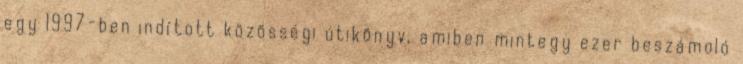
egy 1997-ben indított közösségi útikönyv, amiben mintegy ezer beszámoló